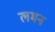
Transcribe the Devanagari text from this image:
लमन